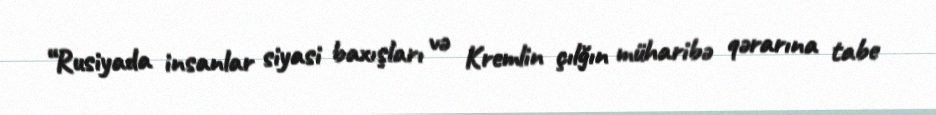
“Rusiyada insanlar siyasi baxışları və Kremlin çılğın müharibə qərarına tabe